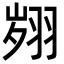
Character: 翙